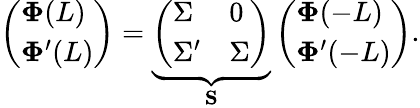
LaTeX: \left(\begin{array}{l}{\mathbf{\Phi}(L)}\\ {\mathbf{\Phi}^{\prime}(L)}\end{array}\right)=\underbrace{\left(\begin{array}{ll}{\Sigma}&{0}\\ {\Sigma^{\prime}}&{\Sigma}\end{array}\right)}_{\mathbf{S}}\left(\begin{array}{l}{\mathbf{\Phi}(-L)}\\ {\mathbf{\Phi}^{\prime}(-L)}\end{array}\right).